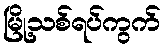
မြို့သစ်ရပ်ကွက်